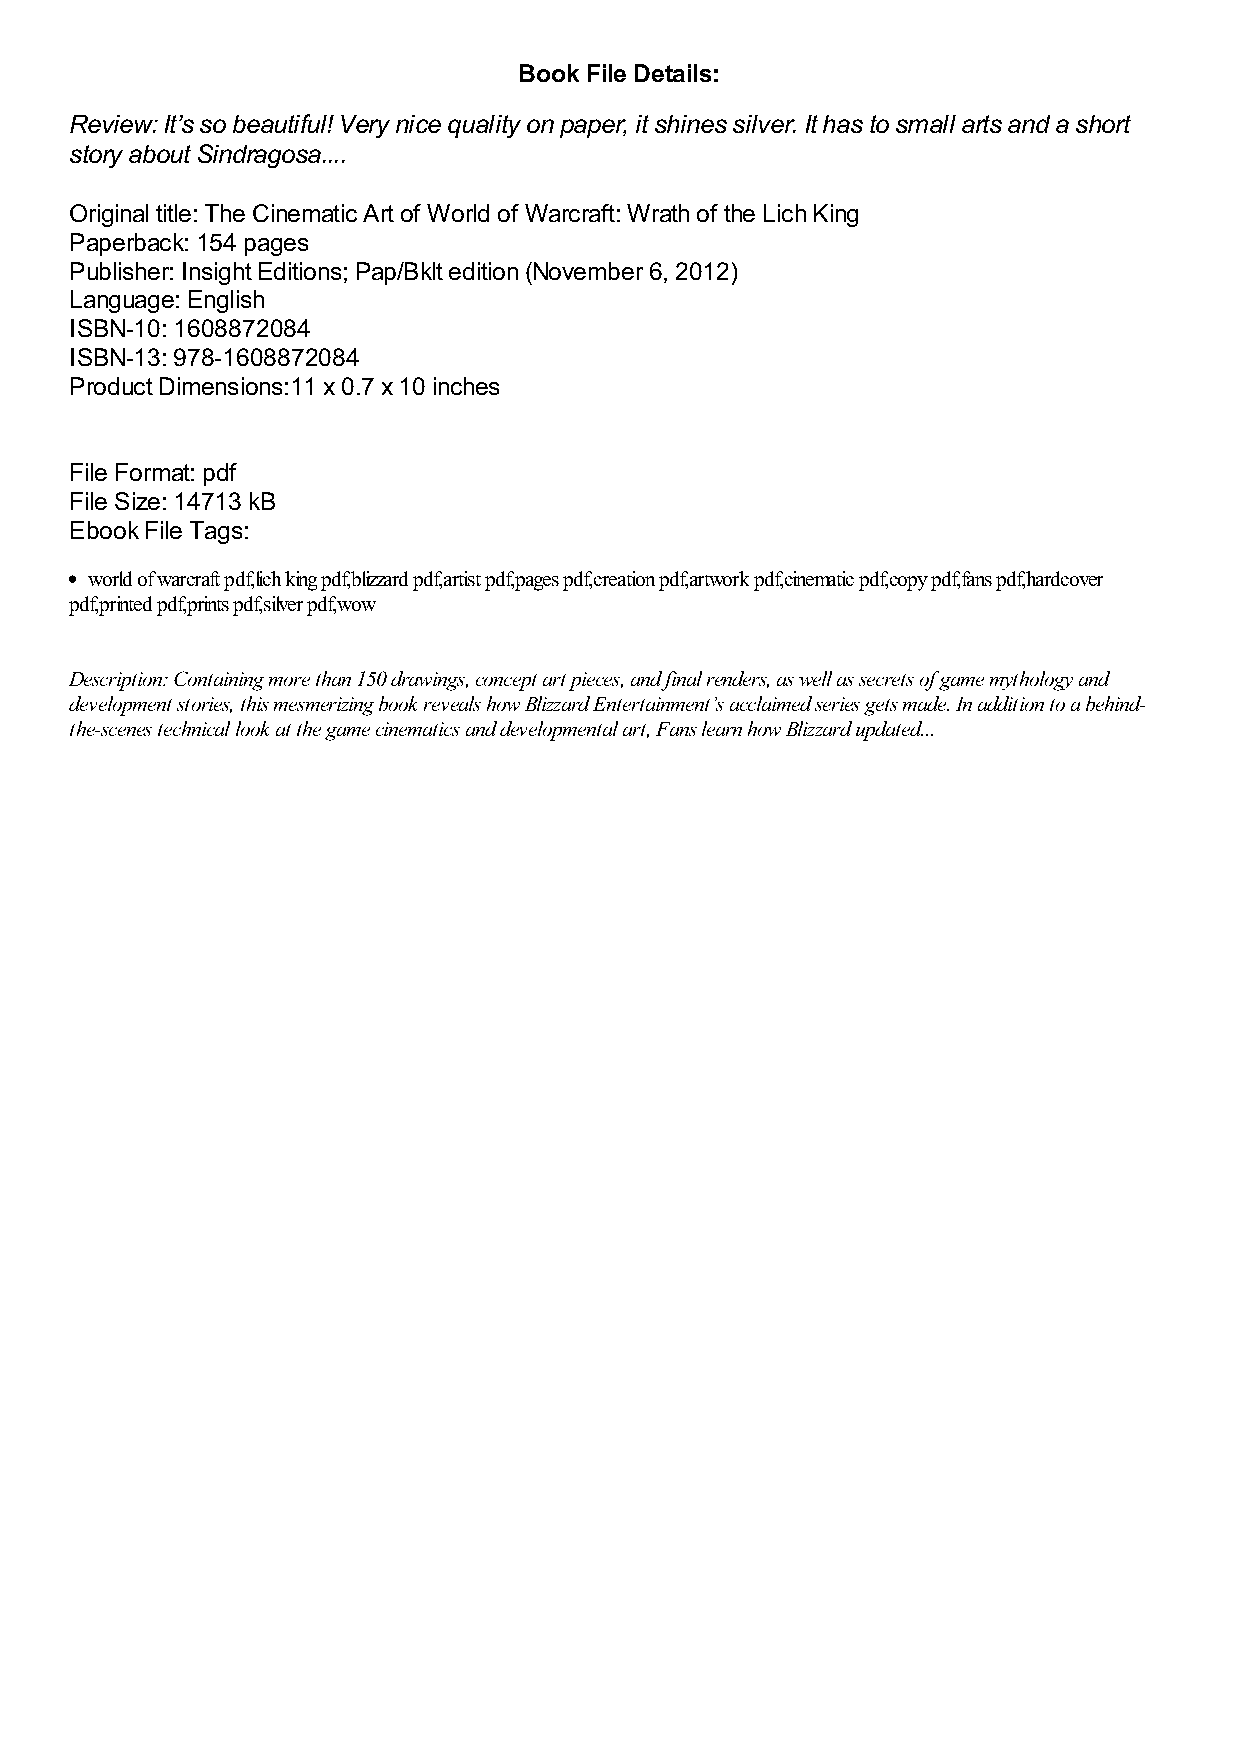
Book File Details:
 Review: It’s so beautiful! Very nice quality on paper, it shines silver. It has to small arts and a short
 story about Sindragosa....
 Original title: The Cinematic Art of World of Warcraft: Wrath of the Lich King
 Paperback: 154 pages
 Publisher: Insight Editions; Pap/Bklt edition (November 6, 2012)
 Language: English
 ISBN-10: 1608872084
 ISBN-13: 978-1608872084
 Product Dimensions:11 x 0.7 x 10 inches
 File Format: pdf
 File Size: 14713 kB
 Ebook File Tags:
 world of warcraft pdf,lich king pdf,blizzard pdf,artist pdf,pages pdf,creation pdf,artwork pdf,cinematic pdf,copy pdf,fans pdf,hardcover
 pdf,printed pdf,prints pdf,silver pdf,wow
 Description: Containing more than 150 drawings, concept art pieces, and final renders, as well as secrets of game mythology and
 development stories, this mesmerizing book reveals how Blizzard Entertainment’s acclaimed series gets made. In addition to a behind-
 the-scenes technical look at the game cinematics and developmental art, Fans learn how Blizzard updated...